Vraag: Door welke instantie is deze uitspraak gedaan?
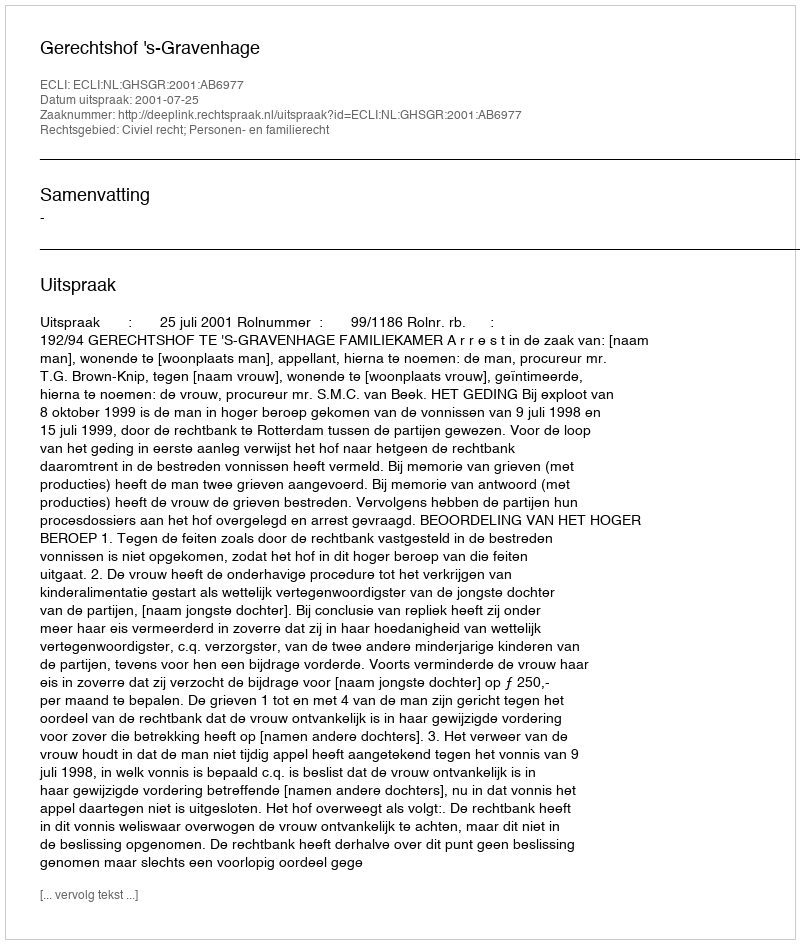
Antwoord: Gerechtshof 's-Gravenhage